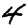
Digit: 4